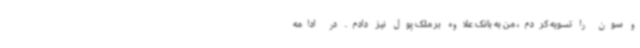
و سون را تسویه کردم، من به بانک علاوه بر ملک پول نیز دادم. در ادامه